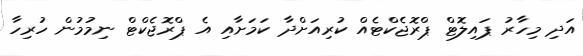
އަދި މިހާރު ޕައިލޮޓް ޕްރޮޖެކްޓެއް ކުރިއަށްދާ ކަމަށާއި އެ ޕްރޮޖެކްޓް ނިމުމުން ހުރިހާ